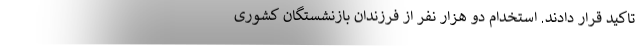
تاکید قرار دادند. استخدام دو هزار نفر از فرزندان بازنشستگان کشوری